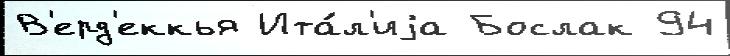
В'ерд'еккья Ита́л'иjа Бослак 94